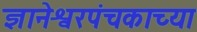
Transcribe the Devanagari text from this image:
ज्ञानेश्वरपंचकाच्या